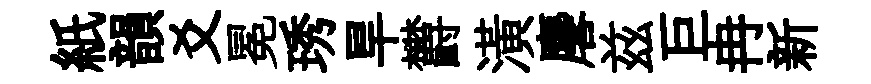
紙韻爻冕琇旱欝潢麐兹巨冉新